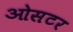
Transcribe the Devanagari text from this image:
ओसटर